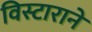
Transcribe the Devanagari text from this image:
विस्टाराने